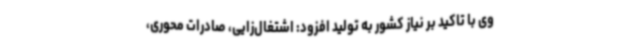
وی با تاکید بر نیاز کشور به تولید افزود: اشتغال‌زایی، صادرات محوری،